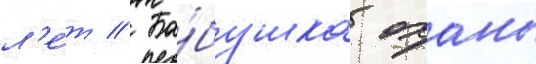
л'е́т // Ба́бушка оханы